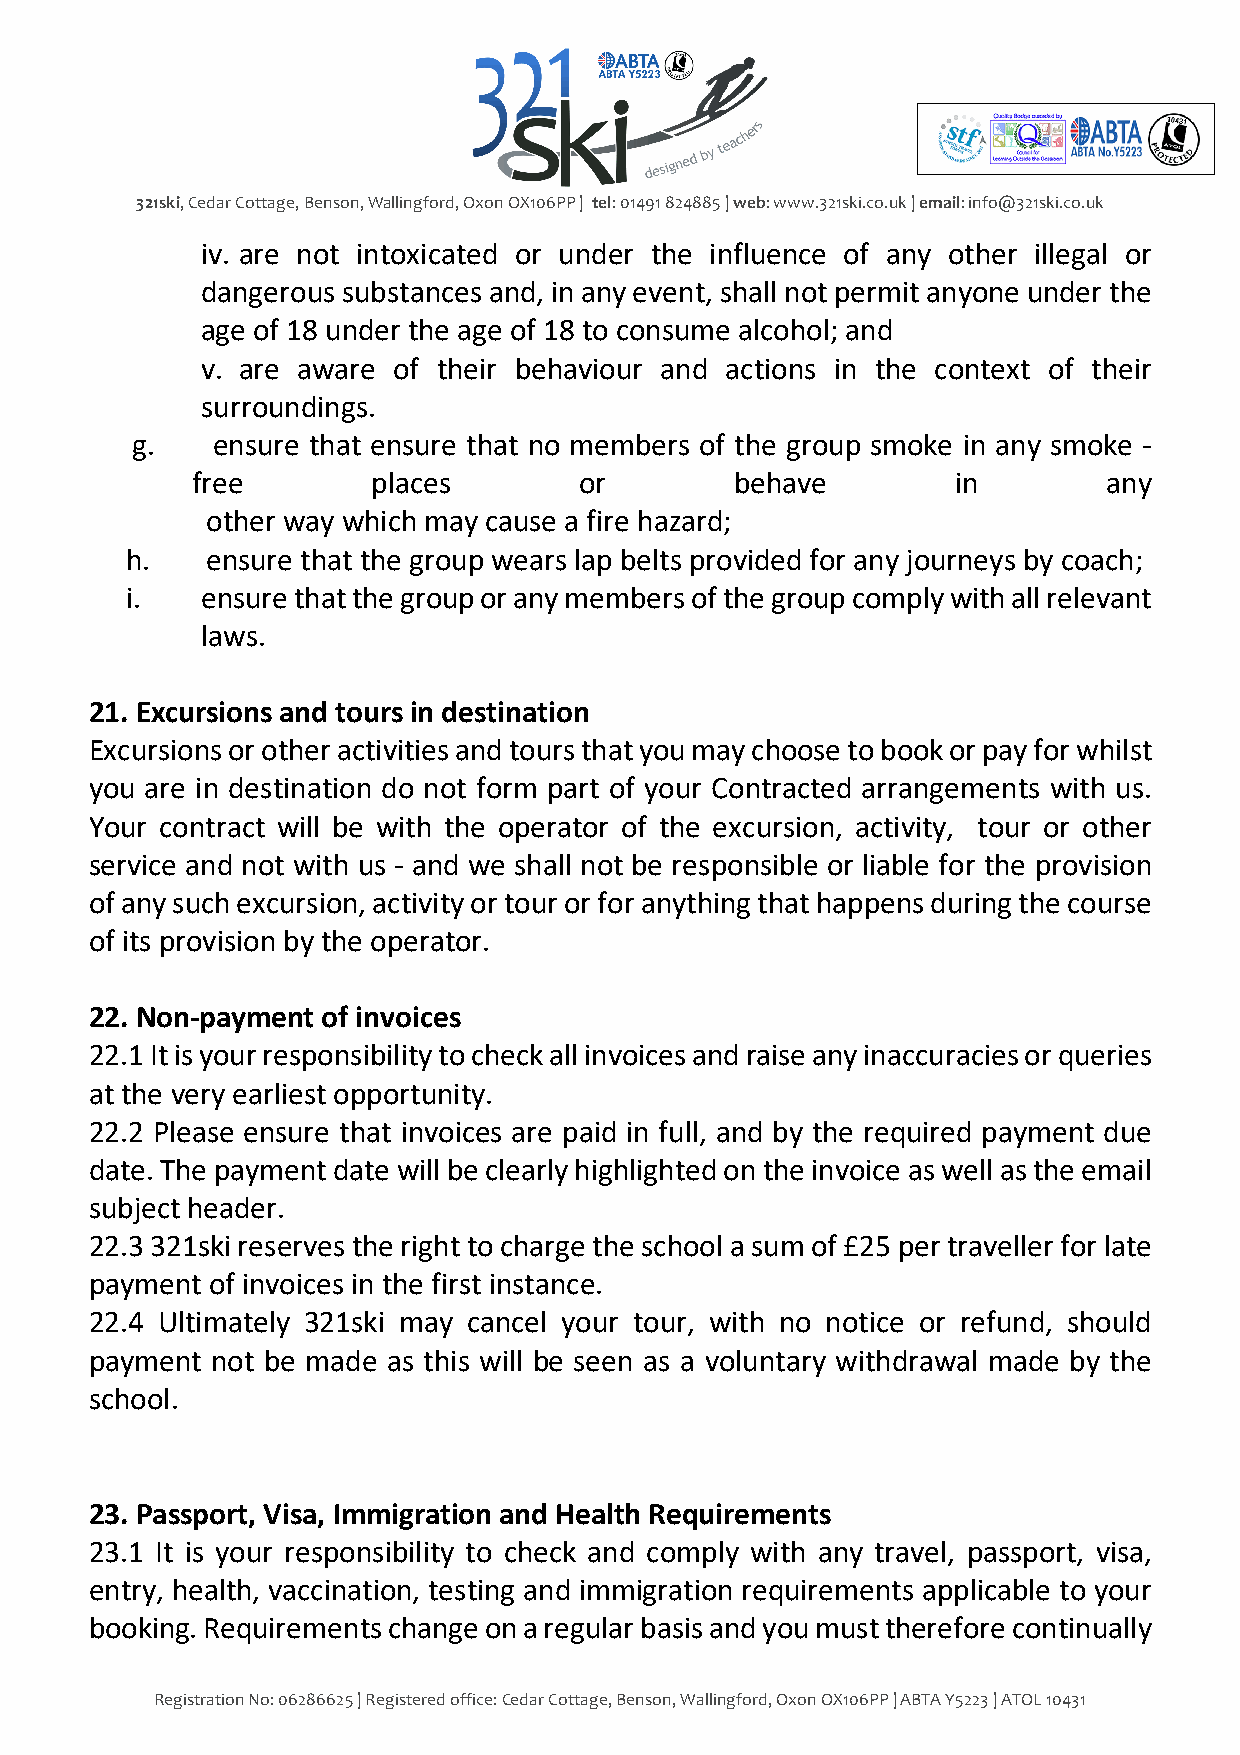
321ski, Cedar Cottage, Benson, Wallingford, Oxon OX106PP | tel: 01491 824885 | web: www.321ski.co.uk | email: info@321ski.co.uk
 iv. are not intoxicated or under the influence of any other illegal or
 dangerous substances and, in any event, shall not permit anyone under the
 age of 18 under the age of 18 to consume alcohol; and
 v. are aware of their behaviour and actions in the context of their
 surroundings.
 g.   ensure that ensure that no members of the group smoke in any smoke -
 free        places       or         behave        in        any
 other way which may cause a fire hazard;
 h.    ensure that the group wears lap belts provided for any journeys by coach;
 i.   ensure that the group or any members of the group comply with all relevant
 laws.
 21. Excursions and tours in destination
 Excursions or other activities and tours that you may choose to book or pay for whilst
 you are in destination do not form part of your Contracted arrangements with us.
 Your contract will be with the operator of the excursion, activity, tour or other
 service and not with us - and we shall not be responsible or liable for the provision
 of any such excursion, activity or tour or for anything that happens during the course
 of its provision by the operator.
 22. Non-payment of invoices
 22.1 It is your responsibility to check all invoices and raise any inaccuracies or queries
 at the very earliest opportunity.
 22.2 Please ensure that invoices are paid in full, and by the required payment due
 date. The payment date will be clearly highlighted on the invoice as well as the email
 subject header.
 22.3 321ski reserves the right to charge the school a sum of £25 per traveller for late
 payment of invoices in the first instance.
 22.4 Ultimately 321ski may cancel your tour, with no notice or refund, should
 payment not be made as this will be seen as a voluntary withdrawal made by the
 school.
 23. Passport, Visa, Immigration and Health Requirements
 23.1 It is your responsibility to check and comply with any travel, passport, visa,
 entry, health, vaccination, testing and immigration requirements applicable to your
 booking. Requirements change on a regular basis and you must therefore continually
 Registration No: 06286625 | Registered office: Cedar Cottage, Benson, Wallingford, Oxon OX106PP | ABTA Y5223 | ATOL 10431